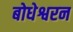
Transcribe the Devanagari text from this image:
बोधेश्वरन